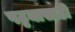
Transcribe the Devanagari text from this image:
पट्टयासाठी